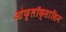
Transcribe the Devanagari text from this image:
ओफ़्लॉक्सासिन